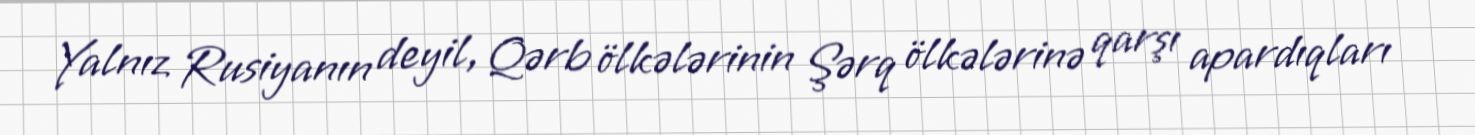
Yalnız Rusiyanın deyil, Qərb ölkələrinin Şərq ölkələrinə qarşı apardıqları